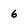
Character: 6